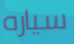
سياره